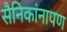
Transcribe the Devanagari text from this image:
सैनिकांनापण